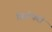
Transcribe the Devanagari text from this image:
जियोफरी